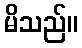
မိသည်။